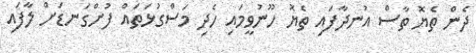
ދެން ތެޔޮ ތާސް އުނދާފައި ތެޔޮ ހޫނުވީމައި ހެދި މަސްގުޅަތައް ފުށްގަނޑަށް ލާފައި